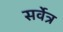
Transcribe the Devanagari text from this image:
सर्वेत्र